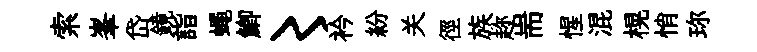
索峯岱鏡詣蠅鯽〻衿紛关徑族趂耑惺混榥悄珎